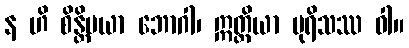
န ဟိ စိန္တိမယာ ဘောဂါ၊ ဣတ္ထိယာ ပုရိသဿ ဝါ။